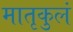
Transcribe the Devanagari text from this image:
मातृकुलं